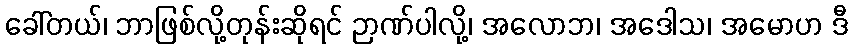
ခေါ်တယ်၊ ဘာဖြစ်လို့တုန်းဆိုရင် ဉာဏ်ပါလို့၊ အလောဘ၊ အဒေါသ၊ အမောဟ ဒီ